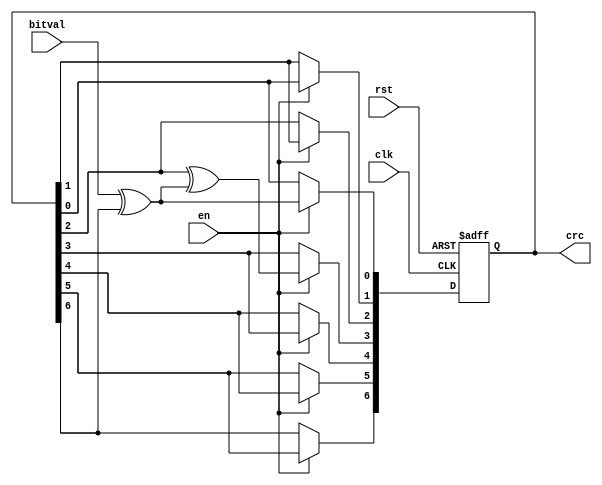
// This program was cloned from: https://github.com/CospanDesign/nysa-verilog
// License: MIT License

module sd_crc_7(
 input              bitval,     // Next input bit
 input              en,
 input              clk,        // Current bit valid (Clock)
 input              rst,        // Init crc value
 output reg [6:0]   crc         // Current output crc value
);

//Local Parameters
//Registers/Wires
wire         inv;

//Submodules
//Asynchronous Logic
//Synchronous Logic

assign inv = bitval ^ crc[6];                   // XOR required?

always @(posedge clk or posedge rst) begin
  if (rst) begin
    crc = 0;
  end
  else begin
    if (en==1) begin
      crc[6] = crc[5];
      crc[5] = crc[4];
      crc[4] = crc[3];
      crc[3] = crc[2] ^ inv;
      crc[2] = crc[1];
      crc[1] = crc[0];
      crc[0] = inv;
    end
  end
end

endmodule